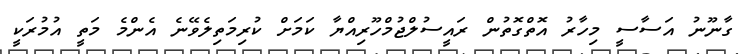
ގާނޫނު އަސާސީ މިހާރު އޮތްގޮތުން ރައީސުލްޖުމްހޫރިއްޔާ ކަމަށް ކުރިމަތިލެވޭނެ އެންމެ މަތީ އުމުރަކީ